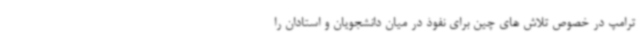
ترامپ در خصوص تلاش های چین برای نفوذ در میان دانشجویان و استادان را